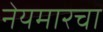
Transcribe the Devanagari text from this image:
नेयमारचा